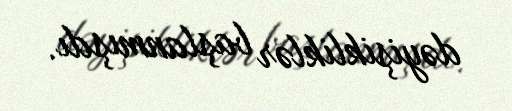
dəyişikliklər başlanmışdı.